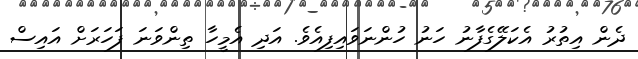
ދެން އިތުރު އެކަލޭގެފާނު ހަނު ހުންނަވައިފިއެވެ. އަދި އެމީހާ ތިންވަނަ ފަހަރަށް އައިސް